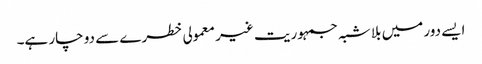
ایسے دور میں بلا شبہ جمہوریت غیر معمولی خطرے سے دو چار ہے۔